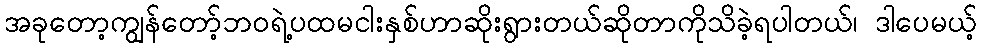
အခုတော့ကျွန်တော့်ဘဝရဲ့ပထမငါးနှစ်ဟာဆိုးရွားတယ်ဆိုတာကိုသိခဲ့ရပါတယ်၊ ဒါပေမယ့်